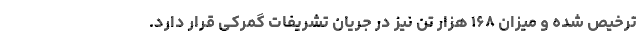
ترخیص شده و میزان ۱۶۸ هزار تن نیز در جریان تشریفات گمرکی قرار دارد.